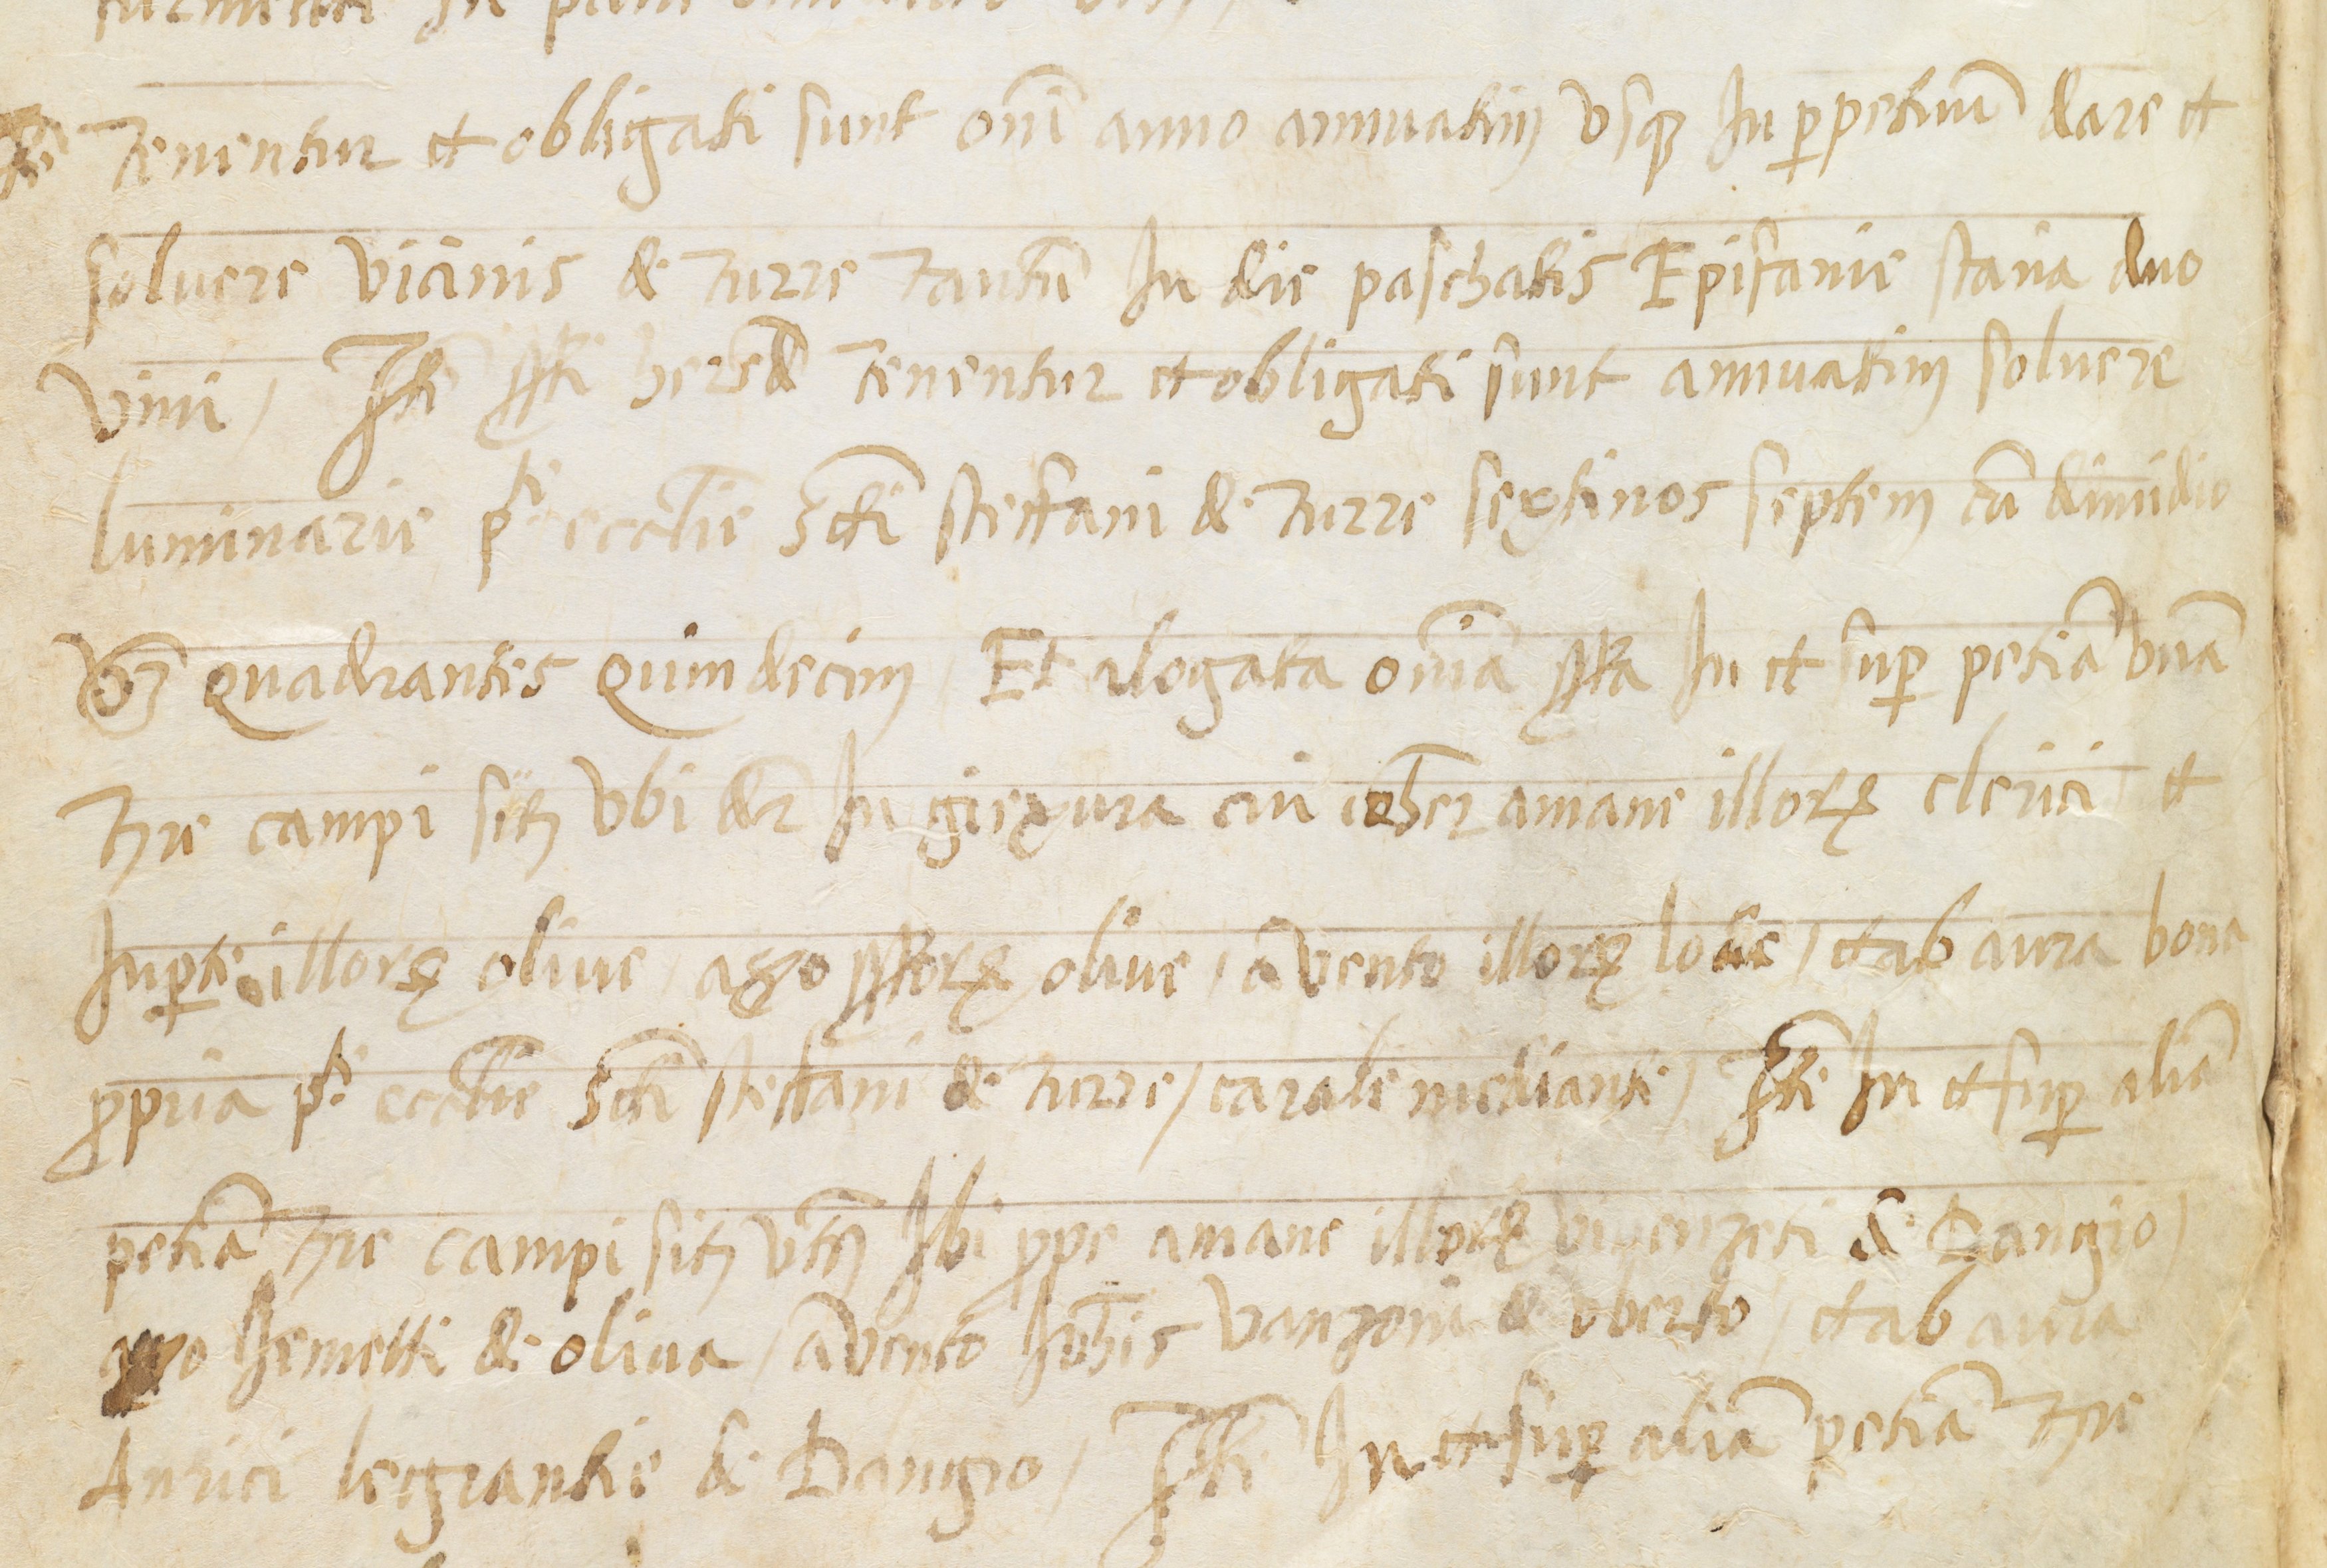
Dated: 1568–1593